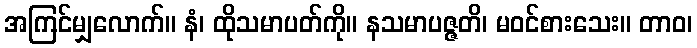
အကြင်မျှလောက်။ နံ၊ ထိုသမာပတ်ကို။ နသမာပဇ္ဇတိ၊ မဝင်စားသေး။ တာဝ၊